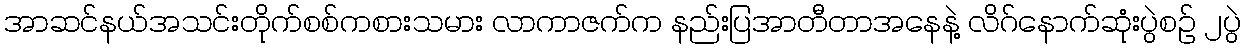
အာဆင်နယ်အသင်းတိုက်စစ်ကစားသမား လာကာဇက်က နည်းပြအာတီတာအနေနဲ့ လိဂ်နောက်ဆုံးပွဲစဉ် ၂ပွဲ